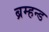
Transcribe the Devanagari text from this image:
ब्रम्हन्ड